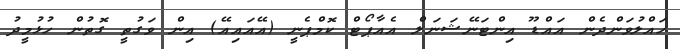
ހައްލުވަންދެން އައްޑޫ އިންޓަނޭޝަނަލް އެއާޕޯޓް ކޮމްޕެނީ (އޭއައިއޭ) އިން ވަގުތީ ގޮތުން ހުޅުމީދު